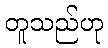
တူသည်ဟု